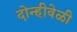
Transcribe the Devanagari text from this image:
दोन्हीवेळी